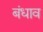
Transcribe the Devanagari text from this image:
बंधाव